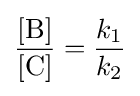
{\frac {{\ce {[B]}}}{{\ce {[C]}}}}={\frac {k_{1}}{k_{2}}}